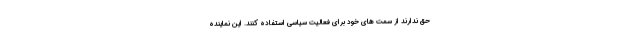
حق ندارند از سمت های خود برای فعالیت سیاسی استفاده کنند. این نماینده